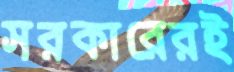
সরকারেরই